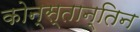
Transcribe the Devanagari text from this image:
कोन्स्तान्तिन